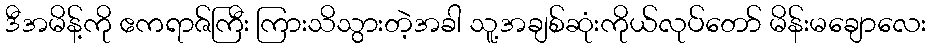
ဒီအမိန့်ကို ဧကရာဇ်ကြီး ကြားသိသွားတဲ့အခါ သူ့အချစ်ဆုံးကိုယ်လုပ်တော် မိန်းမချောလေး